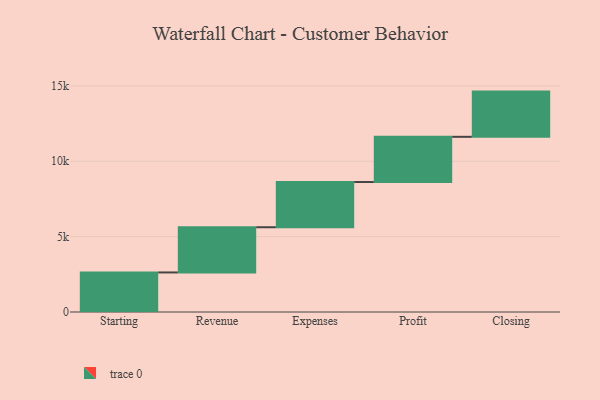
{"axis": {"x": "Step", "y": "Value"}, "legend": [""], "data": [{"x": "Starting", "y": 2624.0, "type": ""}, {"x": "Revenue", "y": 3000, "type": ""}, {"x": "Expenses", "y": 3000, "type": ""}, {"x": "Profit", "y": 3000, "type": ""}, {"x": "Closing", "y": 3000, "type": ""}]}